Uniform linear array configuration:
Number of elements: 64
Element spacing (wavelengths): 1
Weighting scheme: hamming
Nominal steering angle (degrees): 0
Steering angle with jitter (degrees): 1.858
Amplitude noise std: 0.05
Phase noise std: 0.05

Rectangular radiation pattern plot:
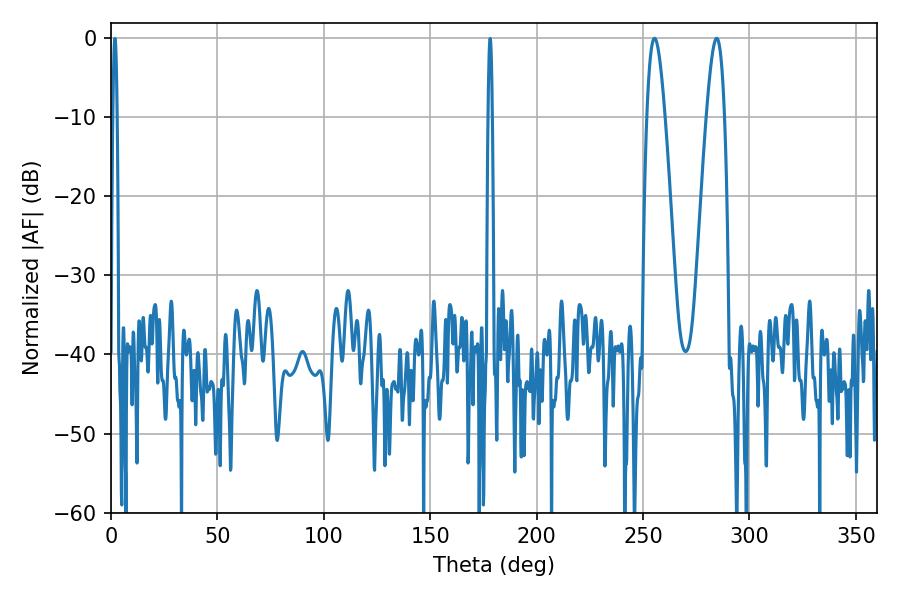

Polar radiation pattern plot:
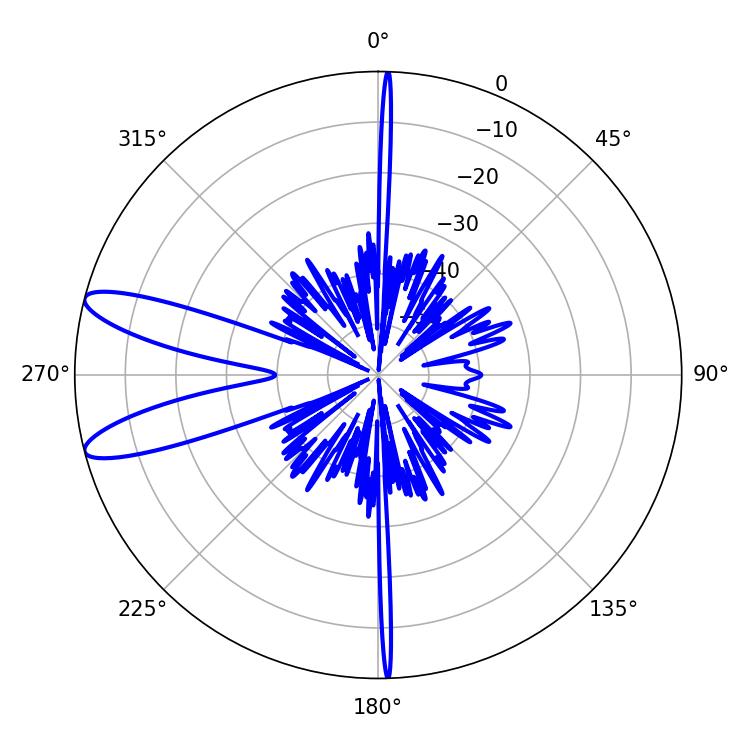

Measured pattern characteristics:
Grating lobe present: TRUE
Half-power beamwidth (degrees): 4.68
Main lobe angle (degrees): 255.42